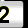
Digit: 2